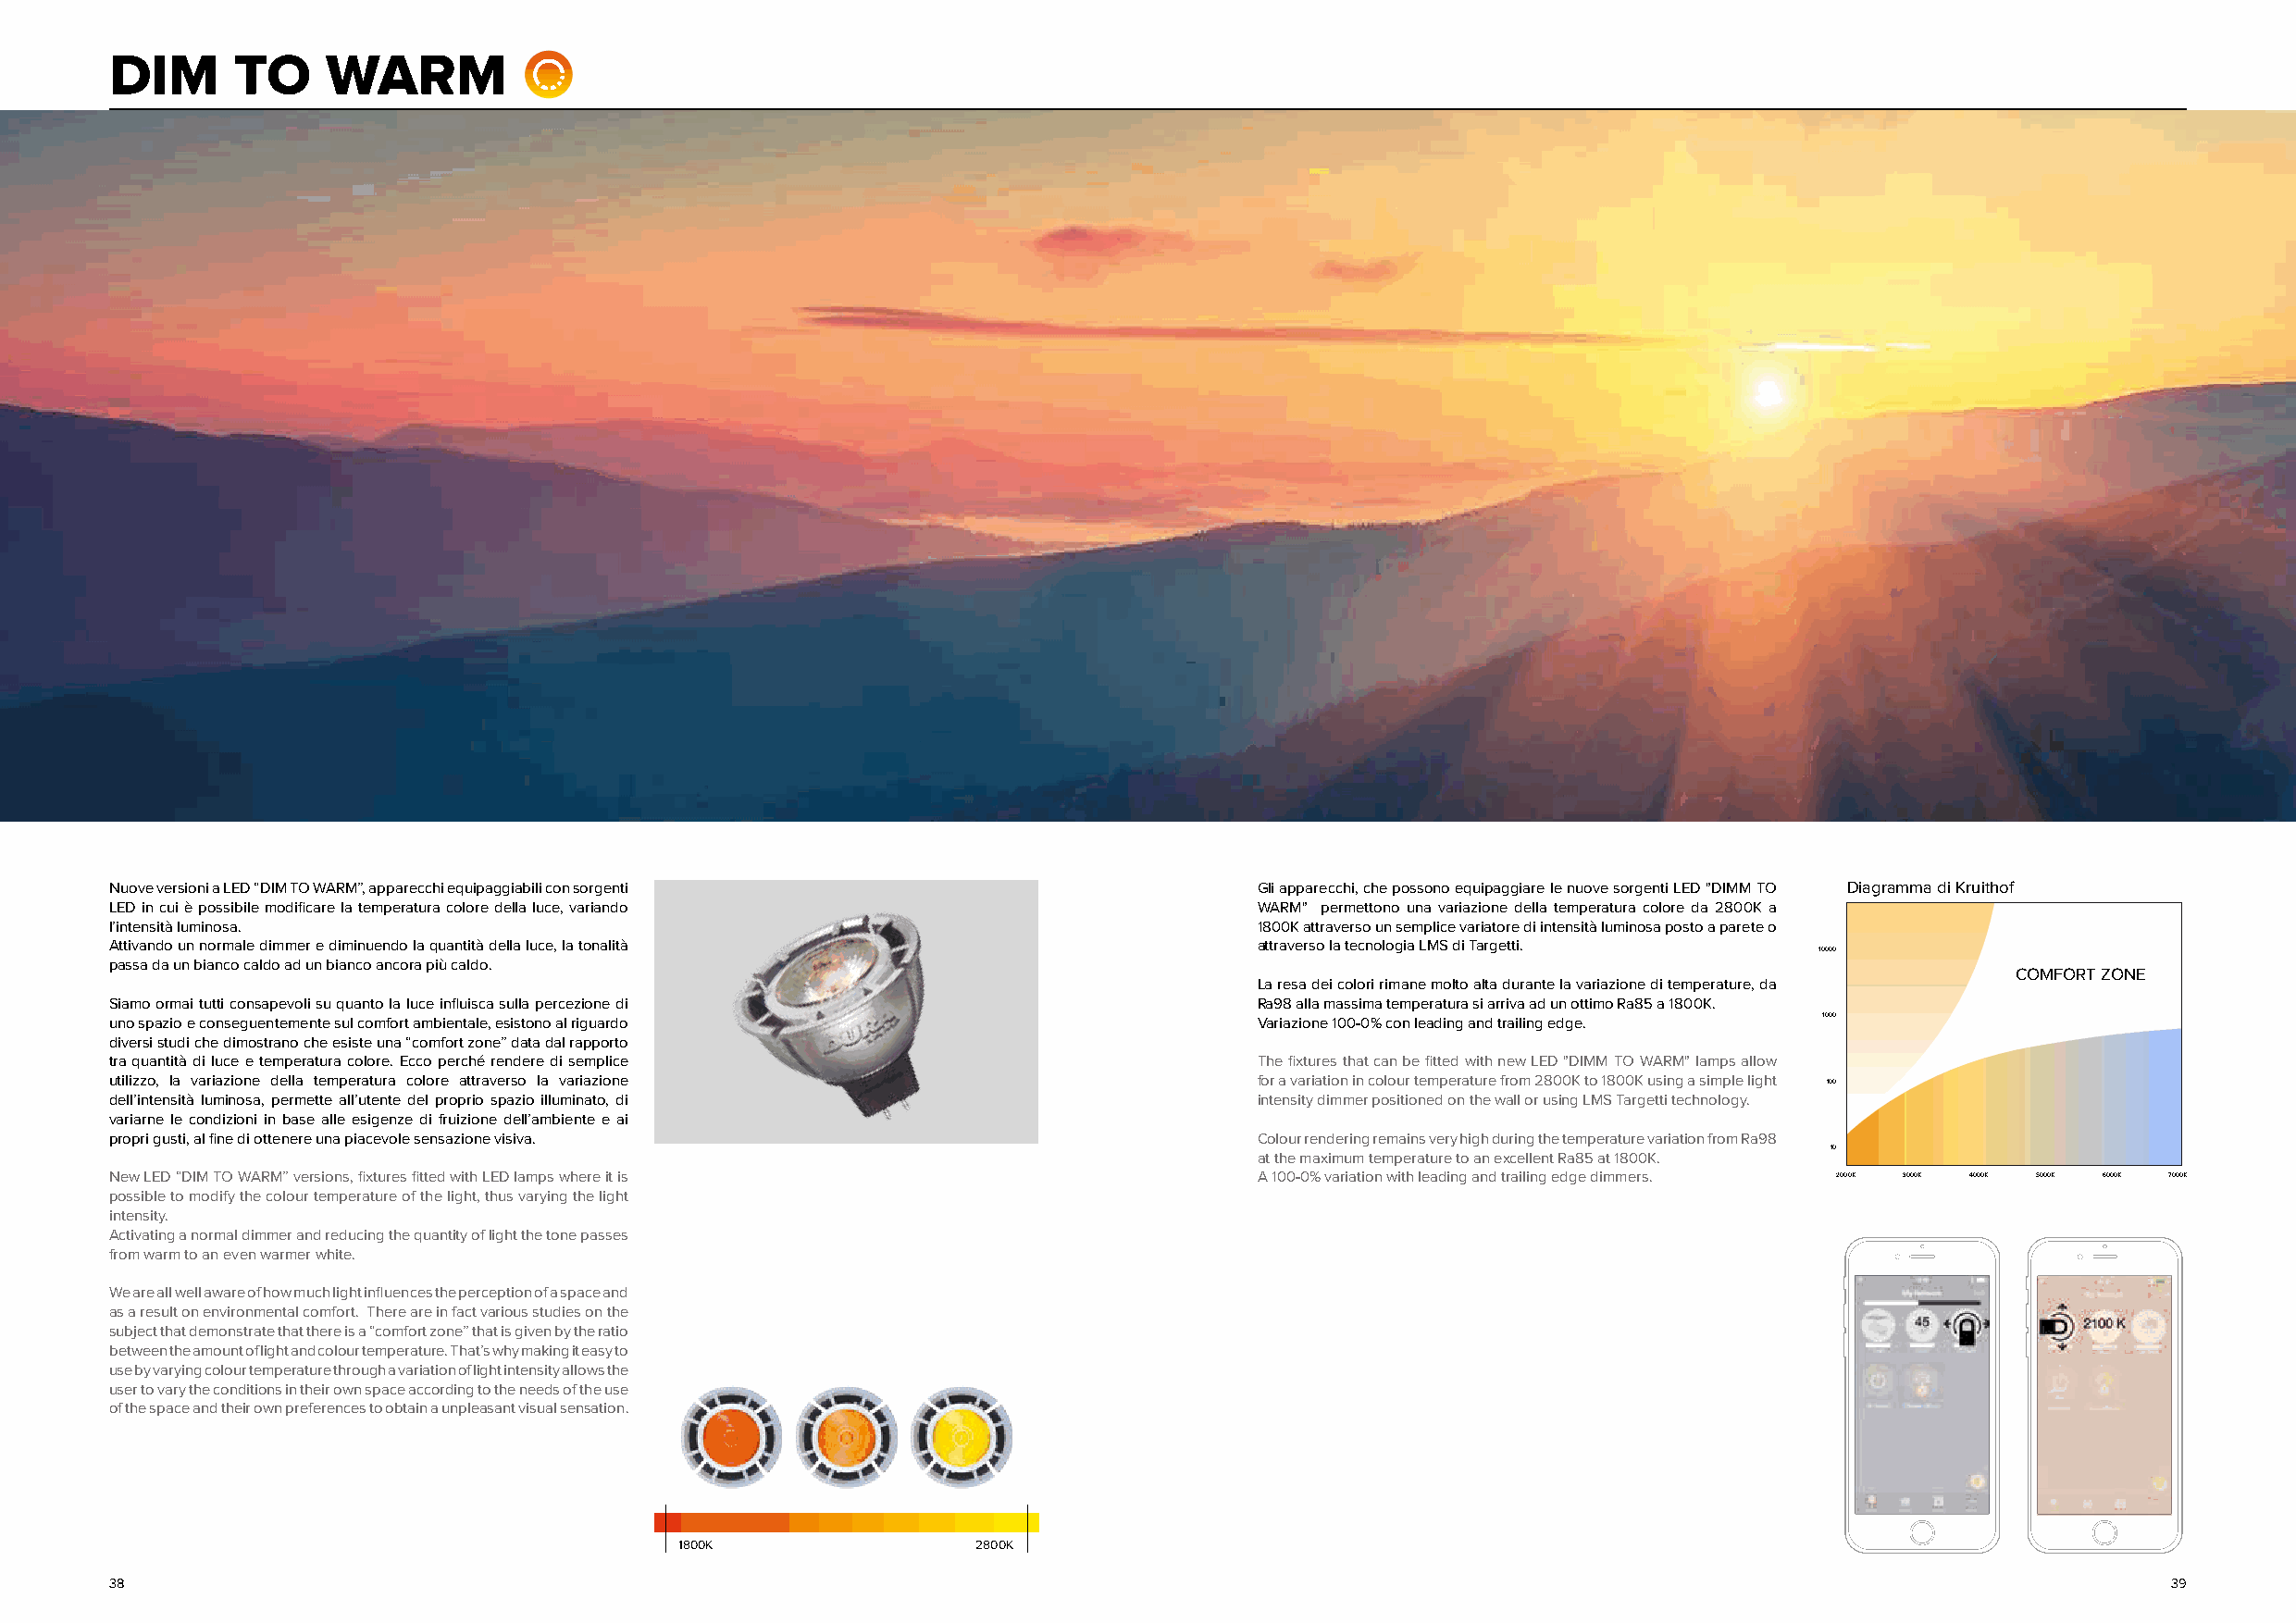
ZDEIMN  OTO    WARM
 Nuove versioni a LED “DIM TO WARM”, apparecchi equipaggiabili con sorgenti        Gli apparecchi, che possono equipaggiare le nuove sorgenti LED "DIMM TO Diagramma di Kruithof
 LED in cui è possibile modificare la temperatura colore della luce, variando      WARM" permettono una variazione della temperatura colore da 2800K a
 l’intensità luminosa.                                                             1800K attraverso un semplice variatore di intensità luminosa posto a parete o
 Attivando un normale dimmer e diminuendo la quantità della luce, la tonalità      attraverso la tecnologia LMS di Targetti.
 10000
 passa da un bianco caldo ad un bianco ancora più caldo.
 COMFORT ZONE
 La resa dei colori rimane molto alta durante la variazione di temperature, da
 Siamo ormai tutti consapevoli su quanto la luce influisca sulla percezione di     Ra98 alla massima temperatura si arriva ad un ottimo Ra85 a 1800K.
 uno spazio e conseguentemente sul comfort ambientale, esistono al riguardo        Variazione 100-0% con leading and trailing edge. 1000
 diversi studi che dimostrano che esiste una “comfort zone” data dal rapporto
 tra quantità di luce e temperatura colore. Ecco perché rendere di semplice        The fixtures that can be fitted with new LED "DIMM TO WARM" lamps allow
 utilizzo, la variazione della temperatura colore attraverso la variazione         for a variation in colour temperature from 2800K to 1800K using a simple light 100
 dell’intensità luminosa, permette all’utente del proprio spazio illuminato, di    intensity dimmer positioned on the wall or using LMS Targetti technology.
 variarne le condizioni in base alle esigenze di fruizione dell’ambiente e ai
 propri gusti, al fine di ottenere una piacevole sensazione visiva.                Colour rendering remains very high during the temperature variation from Ra98
 10
 at the maximum temperature to an excellent Ra85 at 1800K.
 New LED “DIM TO WARM” versions, fixtures fitted with LED lamps where it is        A 100-0% variation with leading and trailing edge dimmers. 2000K 3000K 4000K 5000K 6000K 7000K
 possible to modify the colour temperature of the light, thus varying the light
 intensity.
 Activating a normal dimmer and reducing the quantity of light the tone passes
 from warm to an even warmer white.
 We are all well aware of how much light influences the perception of a space and
 as a result on environmental comfort. There are in fact various studies on the
 subject that demonstrate that there is a “comfort zone” that is given by the ratio
 between the amount of light and colour temperature. That’s why making it easy to
 use by varying colour temperature through a variation of light intensity allows the
 user to vary the conditions in their own space according to the needs of the use
 of the space and their own preferences to obtain a unpleasant visual sensation.
 1800K                2800K
 38                                                                                                                                                 39